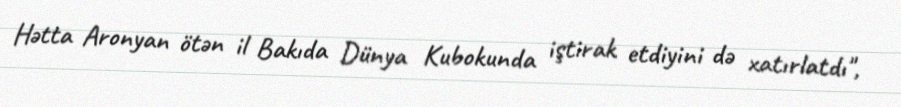
Hətta Aronyan ötən il Bakıda Dünya Kubokunda iştirak etdiyini də xatırlatdı",